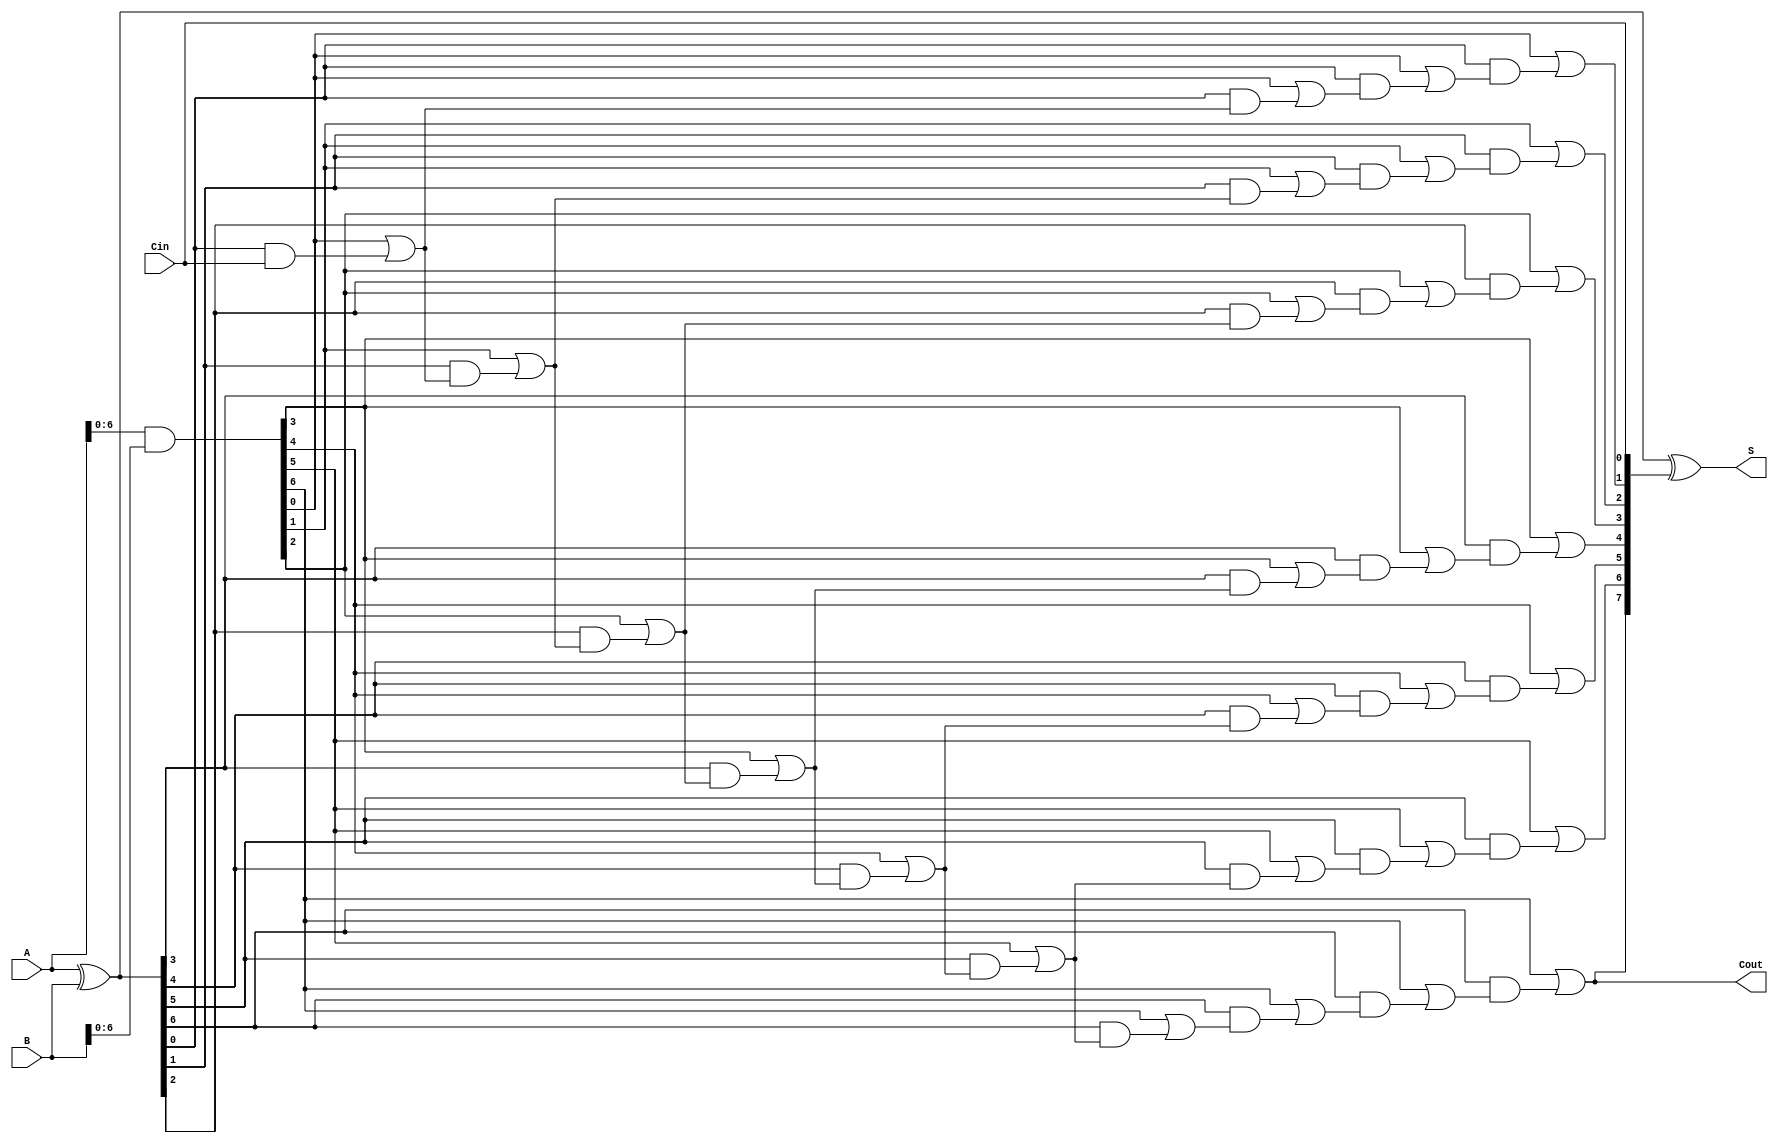
module KoggeStoneAdder #(parameter n = 8) (
    input  [n-1:0] A,      // First operand
    input  [n-1:0] B,      // Second operand
    input          Cin,     // Carry-in
    output [n-1:0] S,      // Sum output
    output         Cout     // Carry-out
);

    // Generate and Propagate signals
    wire [n-1:0] P; // Propagate
    wire [n-1:0] G; // Generate
    wire [n-1:0] C; // Carry

    // Preprocessing stage
    assign P = A ^ B; // P[i] = A[i] XOR B[i]
    assign G = A & B; // G[i] = A[i] AND B[i]

    // Carry Generation Stage
    // Level 0
    wire [n-1:0] C0;
    assign C0[0] = Cin; // C0[0] = Cin
    genvar i;
    generate
        for (i = 1; i < n; i = i + 1) begin : carry_level_0
            assign C0[i] = G[i-1] | (P[i-1] & C0[i-1]);
        end
    endgenerate

    // Level 1
    wire [n-1:0] C1;
    assign C1[0] = C0[0]; // C1[0] = C0[0]
    generate
        for (i = 1; i < n; i = i + 1) begin : carry_level_1
            assign C1[i] = G[i-1] | (P[i-1] & C0[i]);
        end
    endgenerate

    // Level 2
    wire [n-1:0] C2;
    assign C2[0] = C1[0]; // C2[0] = C1[0]
    generate
        for (i = 1; i < n; i = i + 1) begin : carry_level_2
            assign C2[i] = G[i-1] | (P[i-1] & C1[i]);
        end
    endgenerate

    // Level 3 (if n >= 16, more levels can be added)
    wire [n-1:0] C3;
    assign C3[0] = C2[0]; // C3[0] = C2[0]
    generate
        for (i = 1; i < n; i = i + 1) begin : carry_level_3
            assign C3[i] = G[i-1] | (P[i-1] & C2[i]);
        end
    endgenerate

    // Final Carry Output
    assign Cout = C3[n-1];

    // Sum Calculation
    assign S = P ^ C3; // S[i] = P[i] XOR C[i]

endmodule